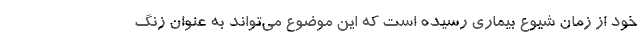
خود از زمان شیوع بیماری رسیده است که این موضوع می‌تواند به عنوان زنگ